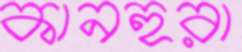
কানহুরা